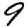
Digit: 9